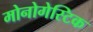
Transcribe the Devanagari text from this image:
मोनोगेस्टिक